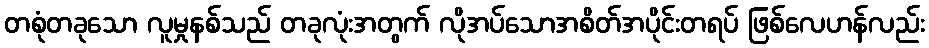
တစုံတခုသော လူမှုနစ်သည် တခုလုံးအတွက် လိုအပ်သောအစိတ်အပိုင်းတရပ် ဖြစ်လေဟန်လည်း